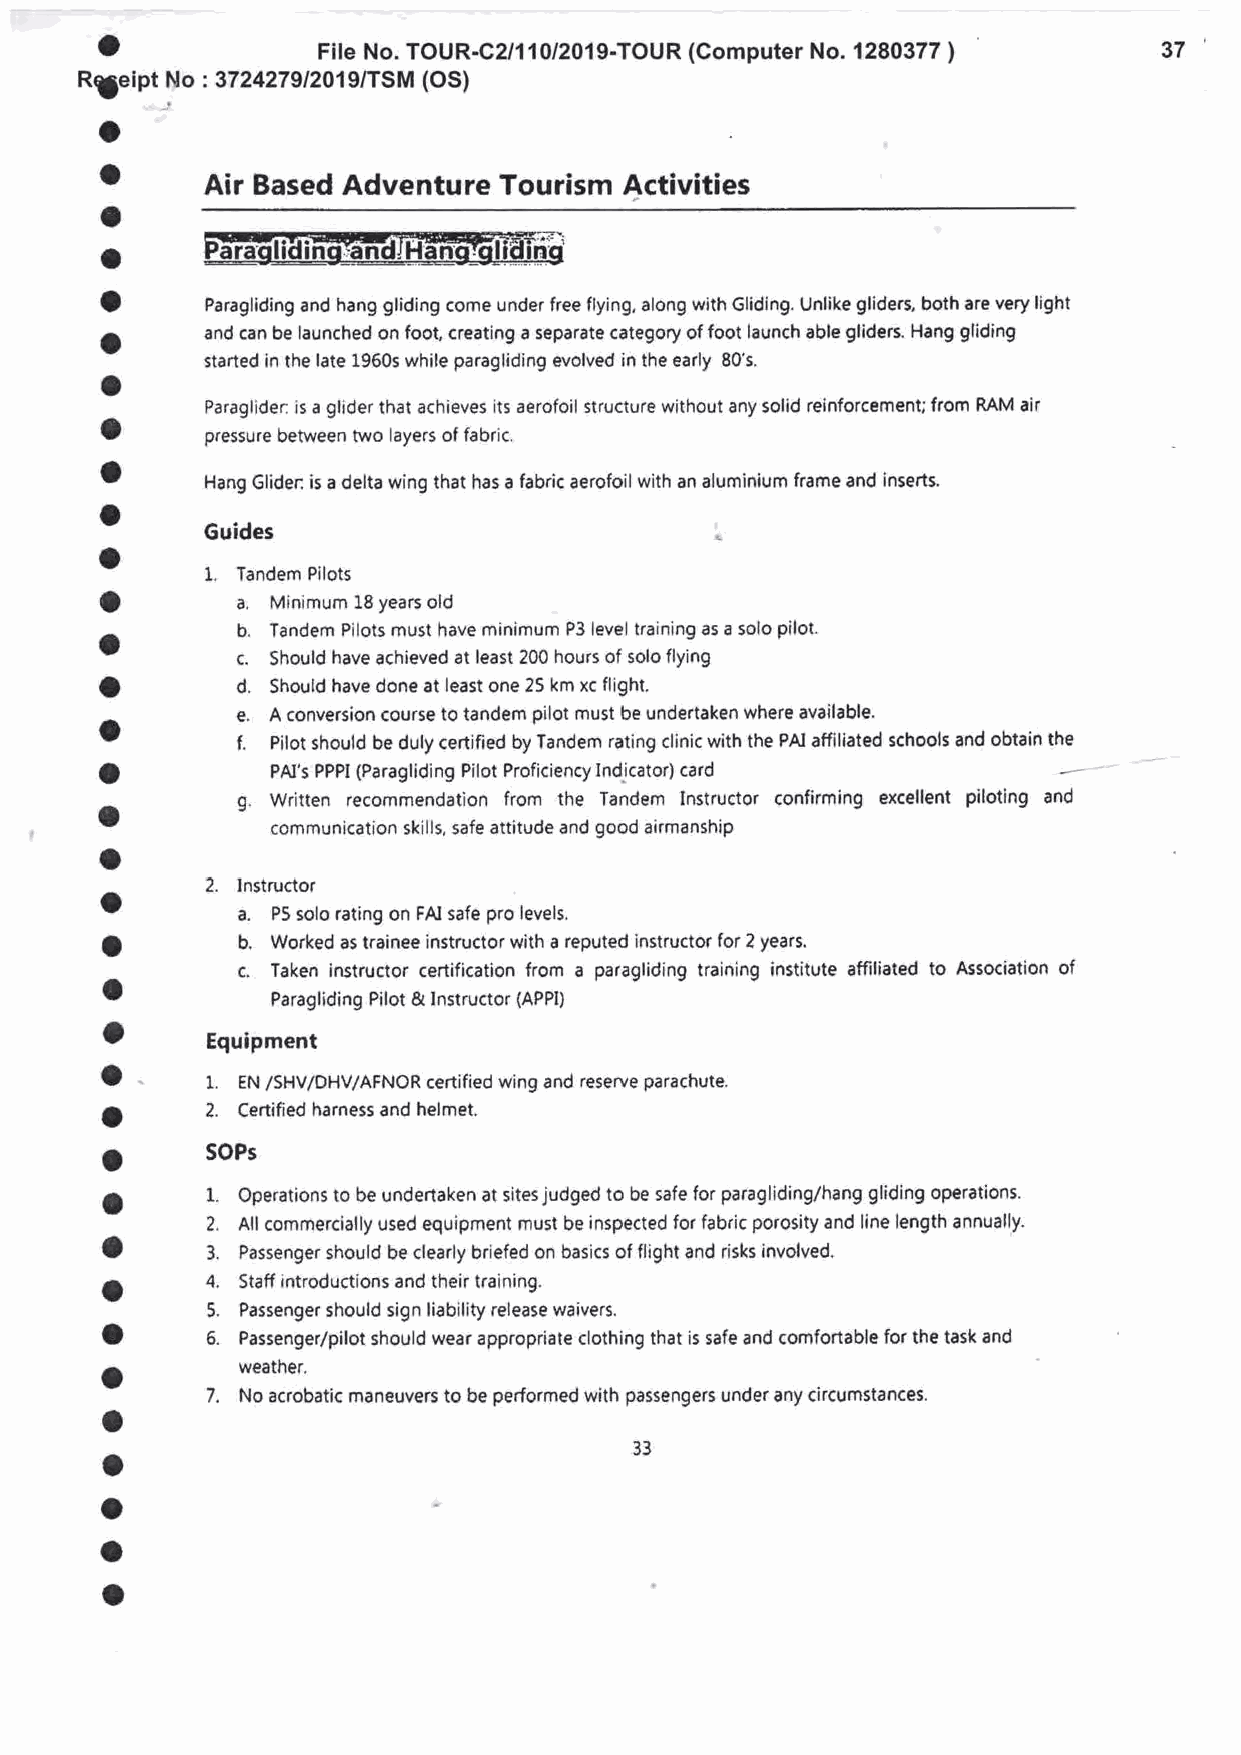
o
 File No. TOUR-C2/11012019-TOUR (Computer No. 1280377 )  37
 Rgeipt No : 3724279/2019/TSM (OS)
 o
 a
 Air Based Adventure Tourism Activities
 a
 o
 o
 Paragliding and hang gliding come under free flying, along with Gliding. Unlike glidera both are very light
 o      and can be launched on foot, creating a separate category of foot launch able gliders. Hang gliding
 started in the late 1960s while paragliding evolved in the early 80's.
 o
 Paraglider: is a glider that achieves its aerofoil structure without any solid reinforcemenu from RAM air
 o
 pressure between two layers of fabric.
 a
 Hang Glider: is a delta wing that has a fabric aerofoil with an aluminium frame and inserts.
 o
 Guides
 a
 o
 1.
 Tandem Pilots
 o        a.
 Minirnum L8 years old
 o        b. Tandem Pilots must have minimum P3 level training as a solo pilot.
 c.
 Should have achieved at least 200 hours of solo flying
 o        d.
 Should have done at least one 25 km xc flight.
 o        e. A conversion course to tandem pilot must be undertaken where available.
 f. Pilot should be duly certified by Tandem rating clinic with the PAI affiliated schools and obtain the
 o
 PAI's PPPI (Paragliding Pilot Proficiency Indicator) card
 a        g. Written recommendation from the Tandem Instructor confirming excellent piloting and
 communication skills, safe attitude and good airmanship
 o
 2.
 o        Instructor
 a.
 P5 solo rating on FAI safe pro levels.
 o        b. Worked as trainee instructor with a reputed instructor for 2 years,
 c. Taken instructor certification from a paragliding training institute affiliated to Association of
 o
 Paragliding Pilot & lnstructor (APPI)
 o
 Equipment
 o
 1. EN /SHV/DHV/AFNOR certified wing and reserve parachute.
 a      2, Certafied harness and helmet.
 o      SOPs
 o      1. Operations to be undertaken at sites judged to be safe for paragliding/hang gliding operations.
 2. All commercially used equipment musi be inspected for fabric porosity and line length annually.
 a
 3. Passenger should be clearly briefed on basics of flight and risks involved.
 4.
 o        Staff introductions and their training.
 5.
 Passenger should sign liability release waivers.
 o
 6.
 Passenger/pilot should wear appropriate clothing that is safe and comfortable for the task and
 o        weather.
 7.
 No acrobatic maneuvers to be performed with passengers under any circumstances.
 o
 o                                  33
 o
 o
 o